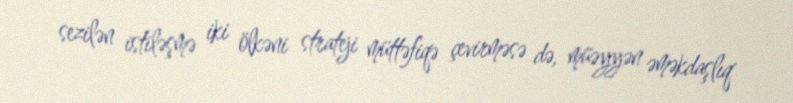
sezilən istiləşmə iki ölkəni strateji müttəfiqə çevirməsə də, müəyyən əməkdaşlıq